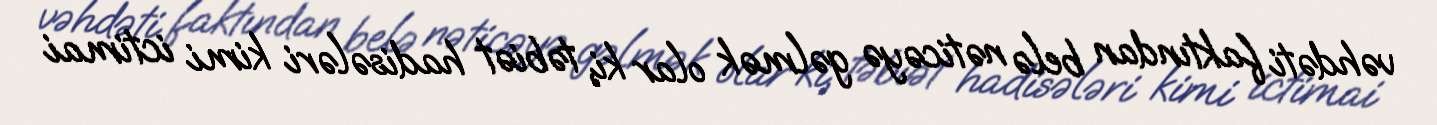
vəhdəti faktından belə nəticəyə gəlmək olar ki, təbiət hadisələri kimi ictimai